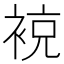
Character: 𧚢